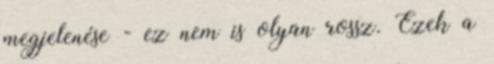
megjelenése - ez nem is olyan rossz. Ezek a